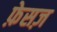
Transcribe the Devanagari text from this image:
फ़ेसज़